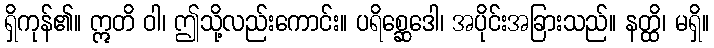
ရှိကုန်၏။ ဣတိ ဝါ၊ ဤသို့လည်းကောင်း။ ပရိစ္ဆေဒေါ၊ အပိုင်းအခြားသည်။ နတ္ထိ၊ မရှိ။